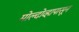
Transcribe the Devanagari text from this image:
मोल्दोव्हापासून